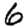
Digit: 6